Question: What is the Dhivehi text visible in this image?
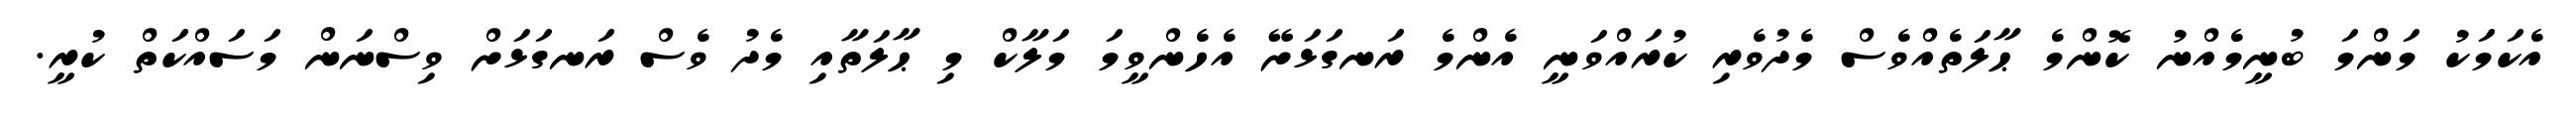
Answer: އެކަމަކު މަންމަ ބުނީމެއްނު ކޮންމެ ޙާލަތެއްވެސް މެދުވެރި ކުރައްވަނީ އެންމެ ރަނގަޅަށޭ އެހެންވީމަ މަލާކް މި ޙާލަތާއި މެދު ވެސް ރަނގަޅަށް ވިސްނަން މަސައްކަތް ކުރީ.